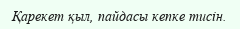
Қарекет қыл, пайдасы кепке тисін.